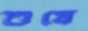
শুষে